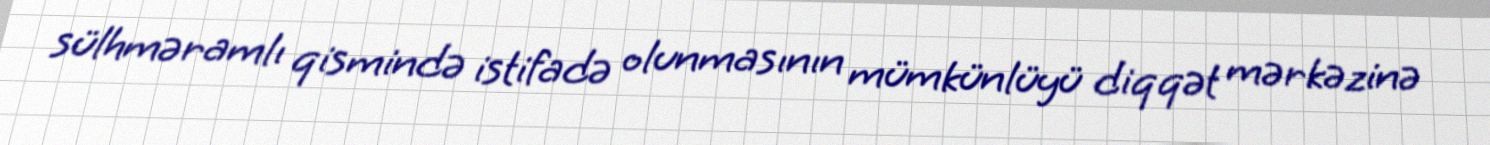
sülhməramlı qismində istifadə olunmasının mümkünlüyü diqqət mərkəzinə